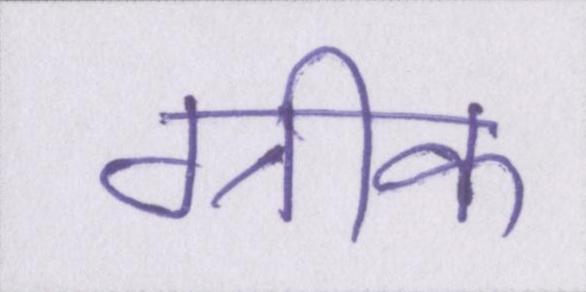
ग्रीक